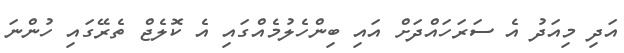
އަދި މިއަދު އެ ސަރަހައްދަށް އައި ބިންހެލުމެއްގައި އެ ކޮލެޖް ތެރޭގައި ހުންނަ